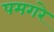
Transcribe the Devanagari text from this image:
पमगरे